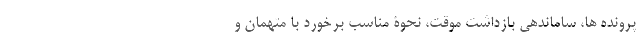
پرونده ها، ساماندهی بازداشت موقّت، نحوۀ مناسبِ برخورد با متهمان و